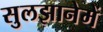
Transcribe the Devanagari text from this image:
सुलझानेमें